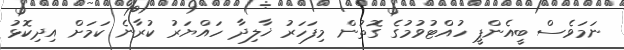
ނަމަވެސް ބީއެންޕީ ހުއްޓުވުމުގެ ގޮތުން މިފަހަރު ޚާލިދާ ހައްޔަރު ކުރާނެ ކަމަށް އިދިކޮޅު